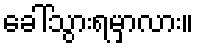
ခေါ်သွားရမှာလား။